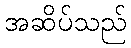
အဆိပ်သည်